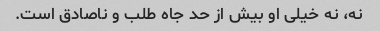
نه، نه خیلی او بیش از حد جاه طلب و ناصادق است.